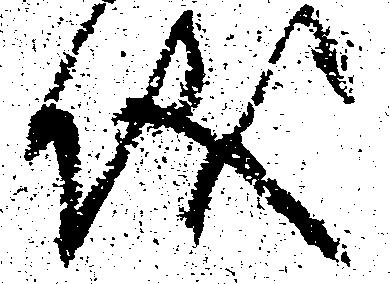
儀